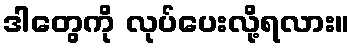
ဒါတွေကို လုပ်ပေးလို့ရလား။